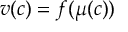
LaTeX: v ( c ) = f ( \mu ( c ) )